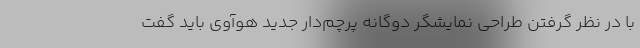
با در نظر گرفتن طراحی نمایشگر دوگانه پرچم‌دار جدید هوآوی باید گفت